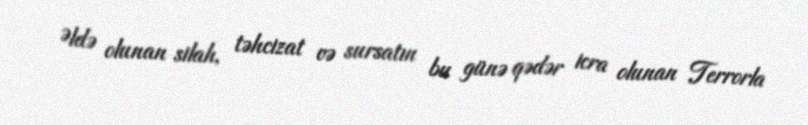
Əldə olunan silah, təhcizat və sursatın bu günə qədər icra olunan Terrorla